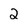
Character: 2